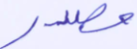
مصدر